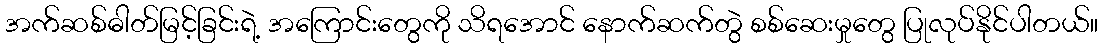
အက်ဆစ်ဓါတ်မြင့်ခြင်းရဲ့ အကြောင်းတွေကို သိရအောင် နောက်ဆက်တွဲ စစ်ဆေးမှုတွေ ပြုလုပ်နိုင်ပါတယ်။